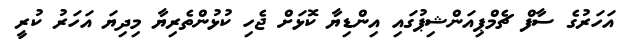
އަހަރުގެ ސާފް ޗެމްޕިއަންޝިޕުގައި އިންޑިޔާ ކޮޅަށް ޖެހި ކުޅުންތެރިޔާ މިދިޔަ އަހަރު ކުރީ